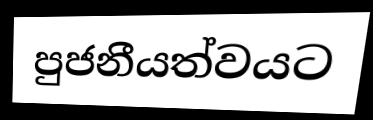
පුජනීයත්වයට